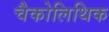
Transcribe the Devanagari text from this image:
चैकोलिथिक